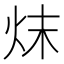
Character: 㶬